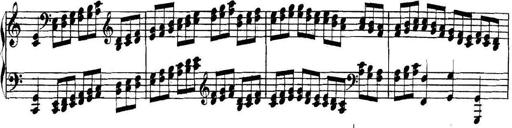
Title: Collected Piano Sonatas
Composer: Muzio Clementi